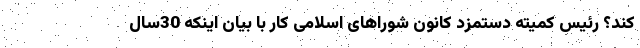
کند؟ رئیس کمیته دستمزد کانون شوراهای اسلامی کار با بیان اینکه 30سال